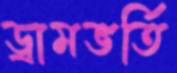
ড্রামভর্তি